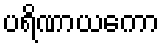
ပရိဏာယကော